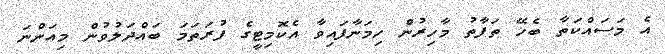
އެ މަސައްކަތާ ބެހޭ ތަފާތު މާހިރުން ހިމަނާފައިވާ އެކޮމިޓީގެ ފުރަތަމަ ބައްދަލުވުން މިއަންނަ